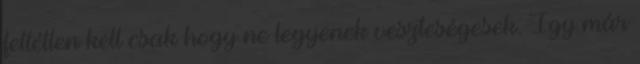
feltétlen kell csak hogy ne legyenek veszteségesek. Így már